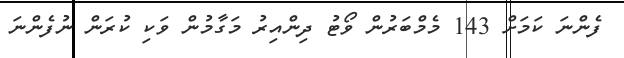
ފެންނަ ކަމަށް 143 މެމްބަރުން ވޯޓު ދިންއިރު މަގާމުން ވަކި ކުރަން ނުފެންނަ